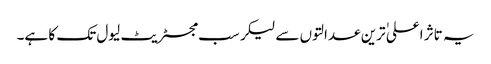
یہ تاثر اعلی ٰترین عدالتوں سے لیکر سب مجسٹریٹ لیول تک کا ہے۔